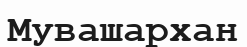
Мувашархан